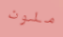
ملون